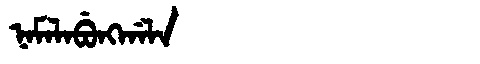
Manchu: ᠨᠠᠮᠠᠯᠠᠪᡠᠩᡤᠠᠯᠠ
Romanization: NAMALABUNGGALA